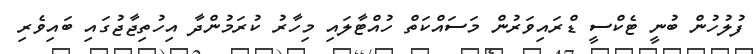
ފުލުހުން ބުނީ ޓެކްސީ ޑްރައިވަރުން މަސައްކަތް ހުއްޓާލައި މިހާރު ކުރަމުންދާ އިހުތިޖާޖުގައި ބައިވެރި